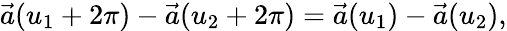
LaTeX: \vec{a}(u_{1}+2\pi)-\vec{a}(u_{2}+2\pi)=\vec{a}(u_{1})-\vec{a}(u_{2}),